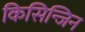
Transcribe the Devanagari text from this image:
किसिन्जिन